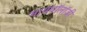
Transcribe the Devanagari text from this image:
मायथॉलॉजी